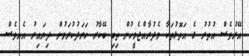
އޭރުވެސް އުތުރު ގެ އަތޮޅުތަކާ މެދުރާއްޖެމީހުން ތިބި ބޭކާރު ހަރަދުކުރަމުން ދިޔައިރު އެއވެސް